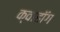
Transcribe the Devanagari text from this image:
क्वाहॉग